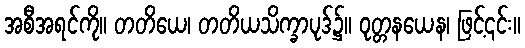
အစီအရင်ကို။ တတိယေ၊ တတိယသိက္ခာပုဒ်၌။ ဝုတ္တနယေန၊ ဖြင့်၎င်း။